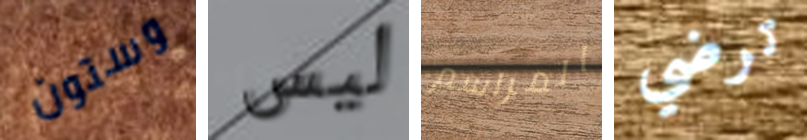
وستون ليس المراسم ترضي